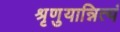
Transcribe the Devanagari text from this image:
श्रृणुयान्नित्यं